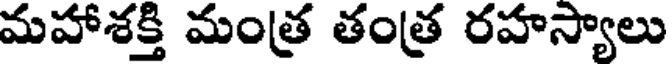
మహాశక్తి మంత్ర తంత్ర రహస్యాలు